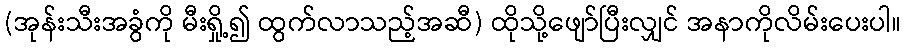
(အုန်းသီးအခွံကို မီးရှို့၍ ထွက်လာသည့်အဆီ) ထိုသို့ဖျော်ပြီးလျှင် အနာကိုလိမ်းပေးပါ။